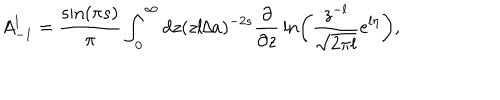
LaTeX: A _ { - 1 } ^ { l } = { \frac { \sin ( \pi s ) } { \pi } } \int _ { 0 } ^ { \infty } d z ( z l / a ) ^ { - 2 s } { \frac { \partial } { \partial z } } \ln \left( { \frac { z ^ { - l } } { \sqrt { 2 \pi l } } } e ^ { l \eta } \right) ,